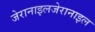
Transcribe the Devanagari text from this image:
जेरानाइलजेरानाइल